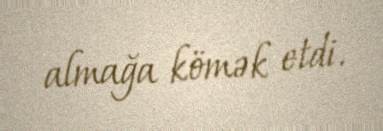
almağa kömək etdi.